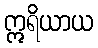
ဣရိယာယ